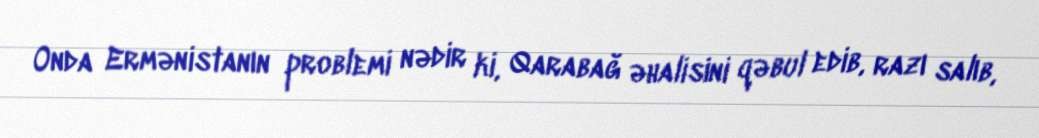
Onda Ermənistanın problemi nədir ki, Qarabağ əhalisini qəbul edib, razı salıb,